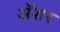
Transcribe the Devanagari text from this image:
अॅशर